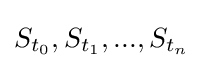
S_{t_{0}},S_{t_{1}},...,S_{t_{n}}